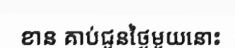
ខាន គាប់ជួនថ្ងៃមួយនោះ